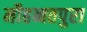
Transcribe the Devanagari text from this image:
मौहब्बतपुरा